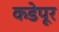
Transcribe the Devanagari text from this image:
कडेपूर